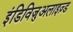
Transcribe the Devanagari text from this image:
इंडिविजुअलाइज़्ड